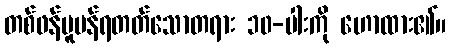
တစ်ဖန်ပူပန်ရတတ်သောတရား ၁၀-ပါးကို ဟောထား၏။